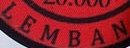
LEMBAN